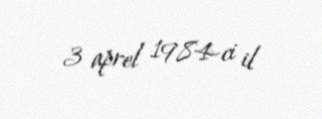
3 aprel 1984-ci il